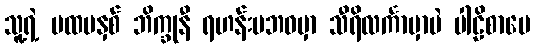
သူ့ရဲ့ ပထမနှစ် ဘိက္ခုနီ ရဟန်းမဘဝမှာ သီရိလင်္ကာမှာပဲ ပါဠိစာပေ